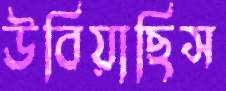
উবিয়াছিস